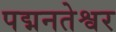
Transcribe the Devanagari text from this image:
पद्मनतेश्वर